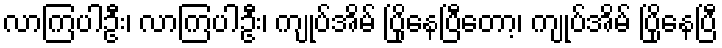
လာကြပါဦး၊ လာကြပါဦး၊ ကျုပ်အိမ် ပြိုနေပြီတော့၊ ကျုပ်အိမ် ပြိုနေပြီ